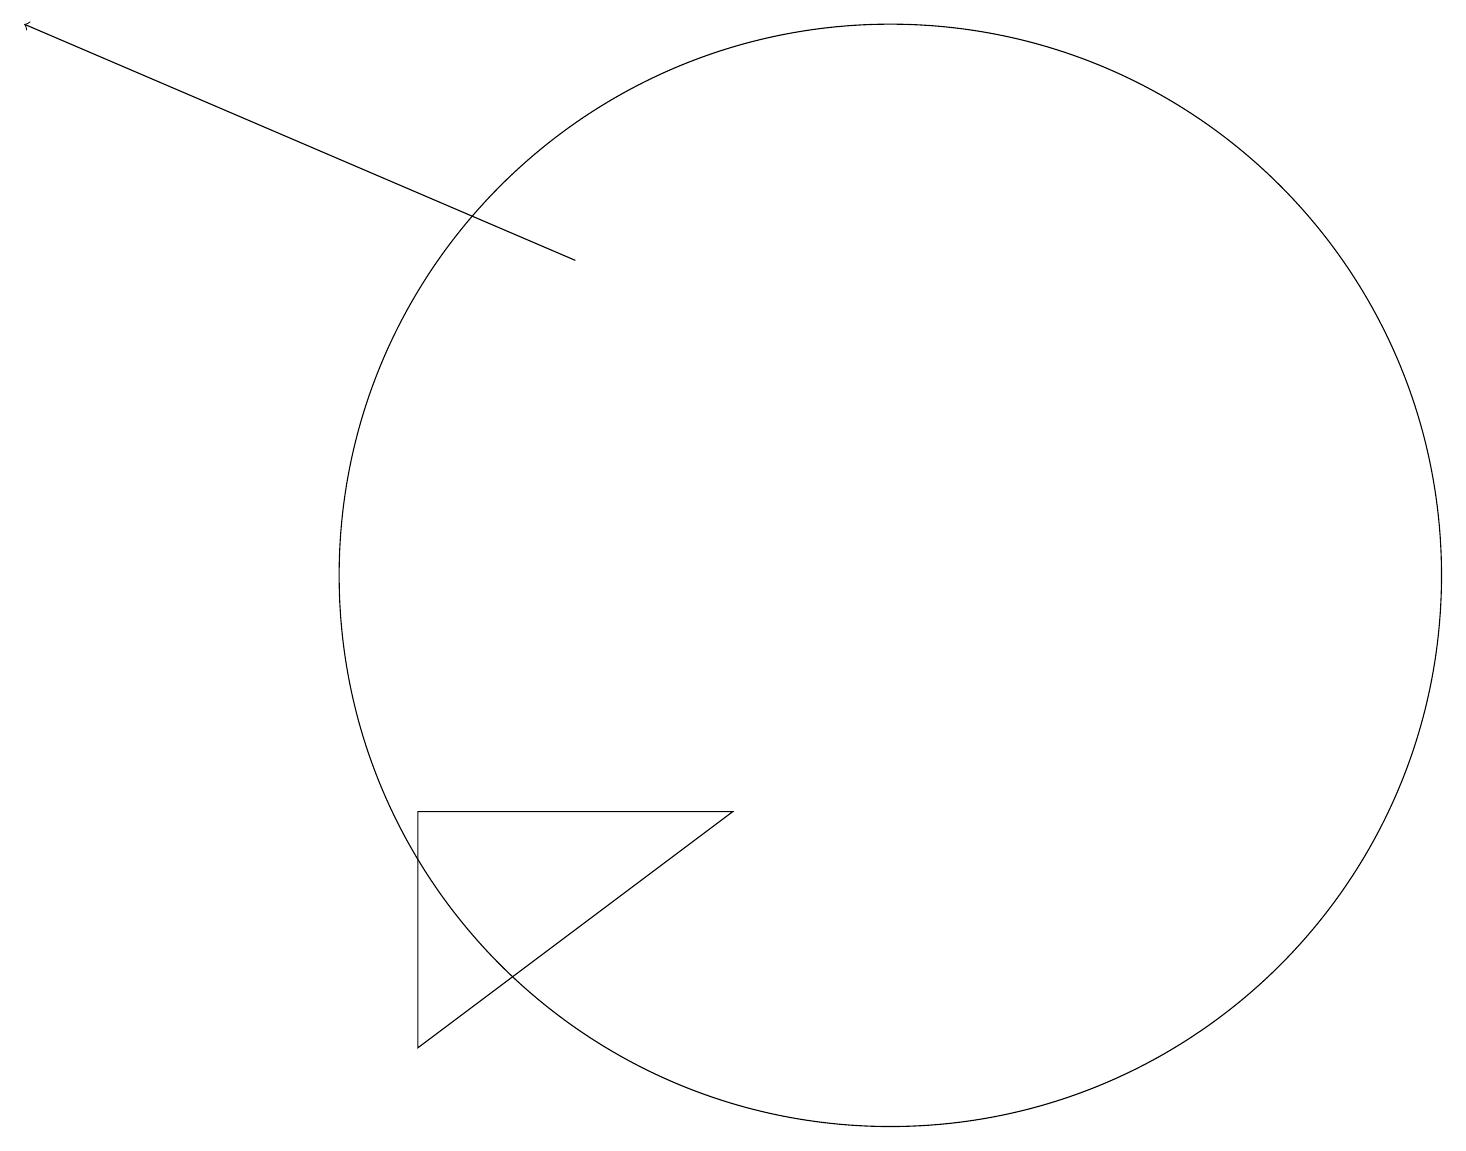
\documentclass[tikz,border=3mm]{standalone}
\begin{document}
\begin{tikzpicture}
\draw (5,9) -- (5,6) -- (9,9) -- cycle;
\draw (11,12) circle (7);
\draw[->] (7,16) -- (0,19);
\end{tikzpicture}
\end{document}